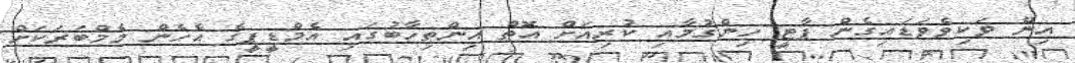
އިން ވަކިވެވަޑައިގެން ޕާޓީ ހިންގުމާއި ކުރިއަށް އޮތް އިންތިހާބުގައި އެމްޑީޕީގެ އެހެން މެމްބަރަކަށް